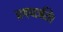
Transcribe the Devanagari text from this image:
प्रयच्छति।